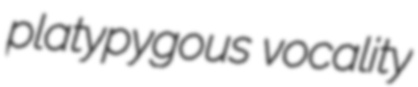
platypygous vocality